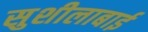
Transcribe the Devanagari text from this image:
सुशीलाबाई